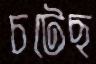
চটেছ